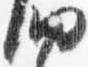
納